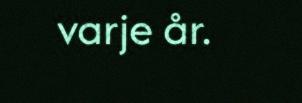
varje år.